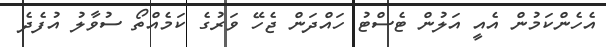
އެހެންކަމުން އެއީ އަލުން ޓެސްޓު ހައްދަން ޖެހޭ ވަރުގެ ކަމެއްތޯ ސުވާލު އުފެދެ